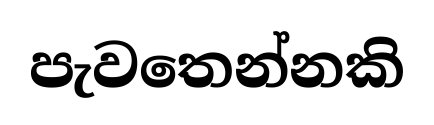
පැවතෙන්නකි